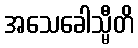
အသေခေါသ္မီတိ